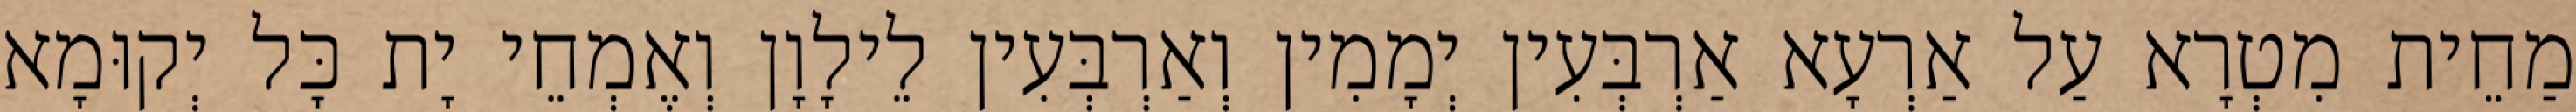
מַחֵית מִטְרָא עַל אַרְעָא אַרְבְּעִין יְמָמִין וְאַרְבְּעִין לֵילָוָן וְאֶמְחֵי יָת כָּל יְקוּמָא